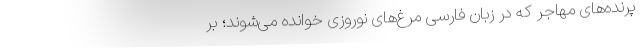
پرنده‌های مهاجر که در زبان فارسی مرغ‌های نوروزی خوانده می‌شوند؛ بر